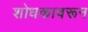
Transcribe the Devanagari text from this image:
शोधकावरून